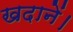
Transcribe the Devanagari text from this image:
खदानें।